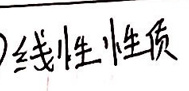
线性性质